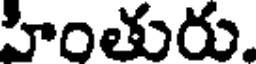
హింతురు.